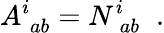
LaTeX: A_{\; ab}^{i}=N_{\; ab}^{i}\; \; .